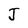
Character: J